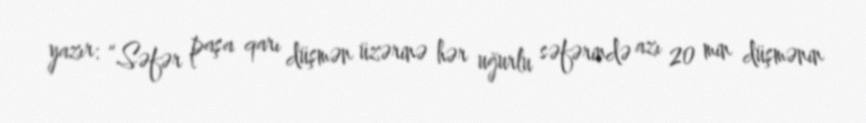
yazır: “Səfər paşa qarı düşmən üzərinə hər uğurlu səfərində azı 20 min düşmənin